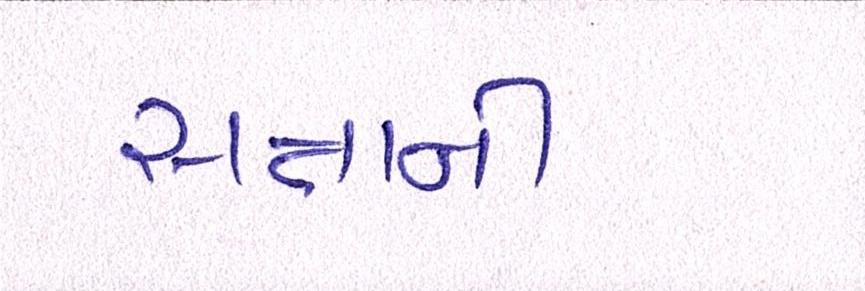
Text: સત્તાની